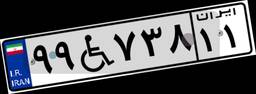
۲۶W۶۷۲۷۵